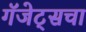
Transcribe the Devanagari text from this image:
गॅजेट्सचा